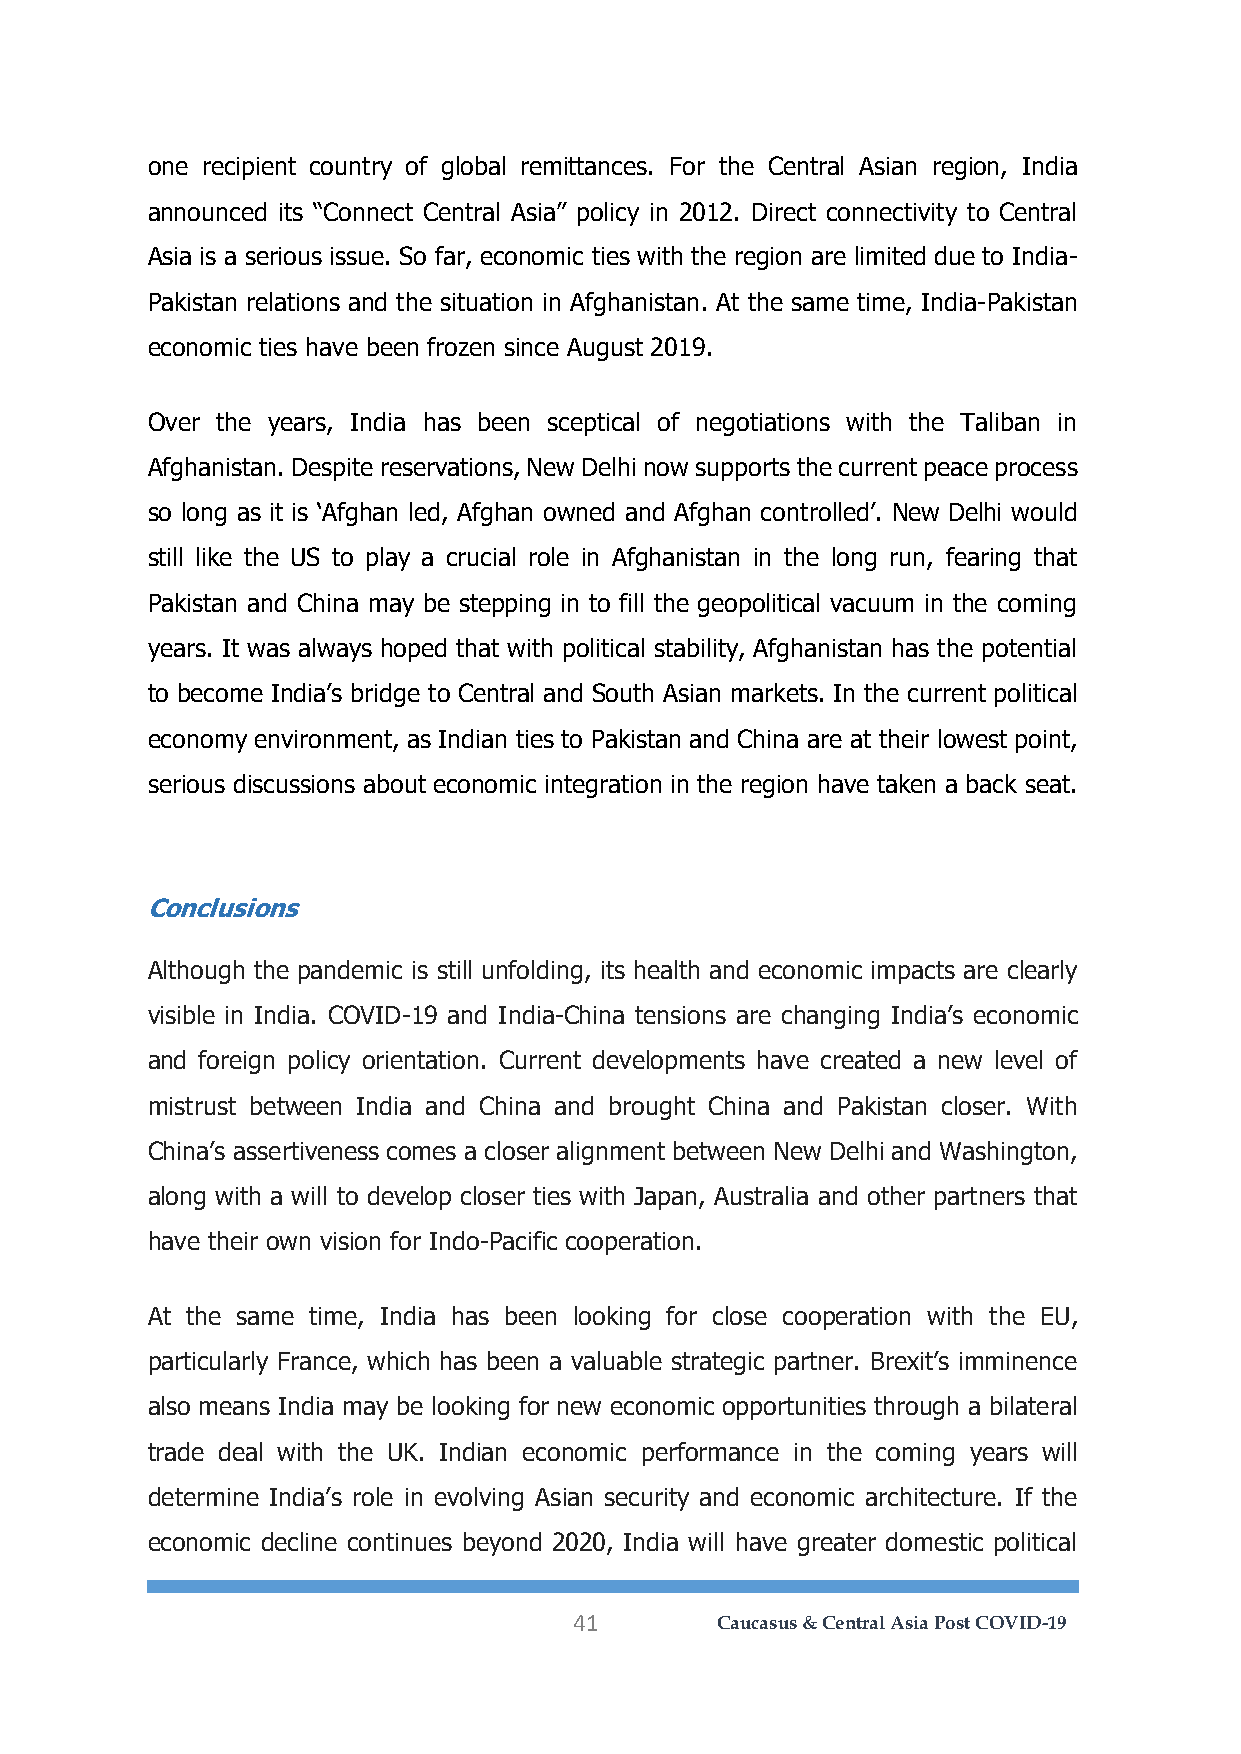
one recipient country of global remittances. For the Central Asian region, India
 announced its “Connect Central Asia” policy in 2012. Direct connectivity to Central
 Asia is a serious issue. So far, economic ties with the region are limited due to India-
 Pakistan relations and the situation in Afghanistan. At the same time, India-Pakistan
 economic ties have been frozen since August 2019.
 Over the years, India has been sceptical of negotiations with the Taliban in
 Afghanistan. Despite reservations, New Delhi now supports the current peace process
 so long as it is ‘Afghan led, Afghan owned and Afghan controlled’. New Delhi would
 still like the US to play a crucial role in Afghanistan in the long run, fearing that
 Pakistan and China may be stepping in to fill the geopolitical vacuum in the coming
 years. It was always hoped that with political stability, Afghanistan has the potential
 to become India’s bridge to Central and South Asian markets. In the current political
 economy environment, as Indian ties to Pakistan and China are at their lowest point,
 serious discussions about economic integration in the region have taken a back seat.
 Conclusions
 Although the pandemic is still unfolding, its health and economic impacts are clearly
 visible in India. COVID-19 and India-China tensions are changing India’s economic
 and foreign policy orientation. Current developments have created a new level of
 mistrust between India and China and brought China and Pakistan closer. With
 China’s assertiveness comes a closer alignment between New Delhi and Washington,
 along with a will to develop closer ties with Japan, Australia and other partners that
 have their own vision for Indo-Pacific cooperation.
 At the same time, India has been looking for close cooperation with the EU,
 particularly France, which has been a valuable strategic partner. Brexit’s imminence
 also means India may be looking for new economic opportunities through a bilateral
 trade deal with the UK. Indian economic performance in the coming years will
 determine India’s role in evolving Asian security and economic architecture. If the
 economic decline continues beyond 2020, India will have greater domestic political
 41       Caucasus & Central Asia Post COVID-19